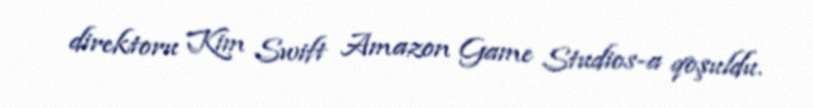
direktoru Kim Swift Amazon Game Studios-a qoşuldu.